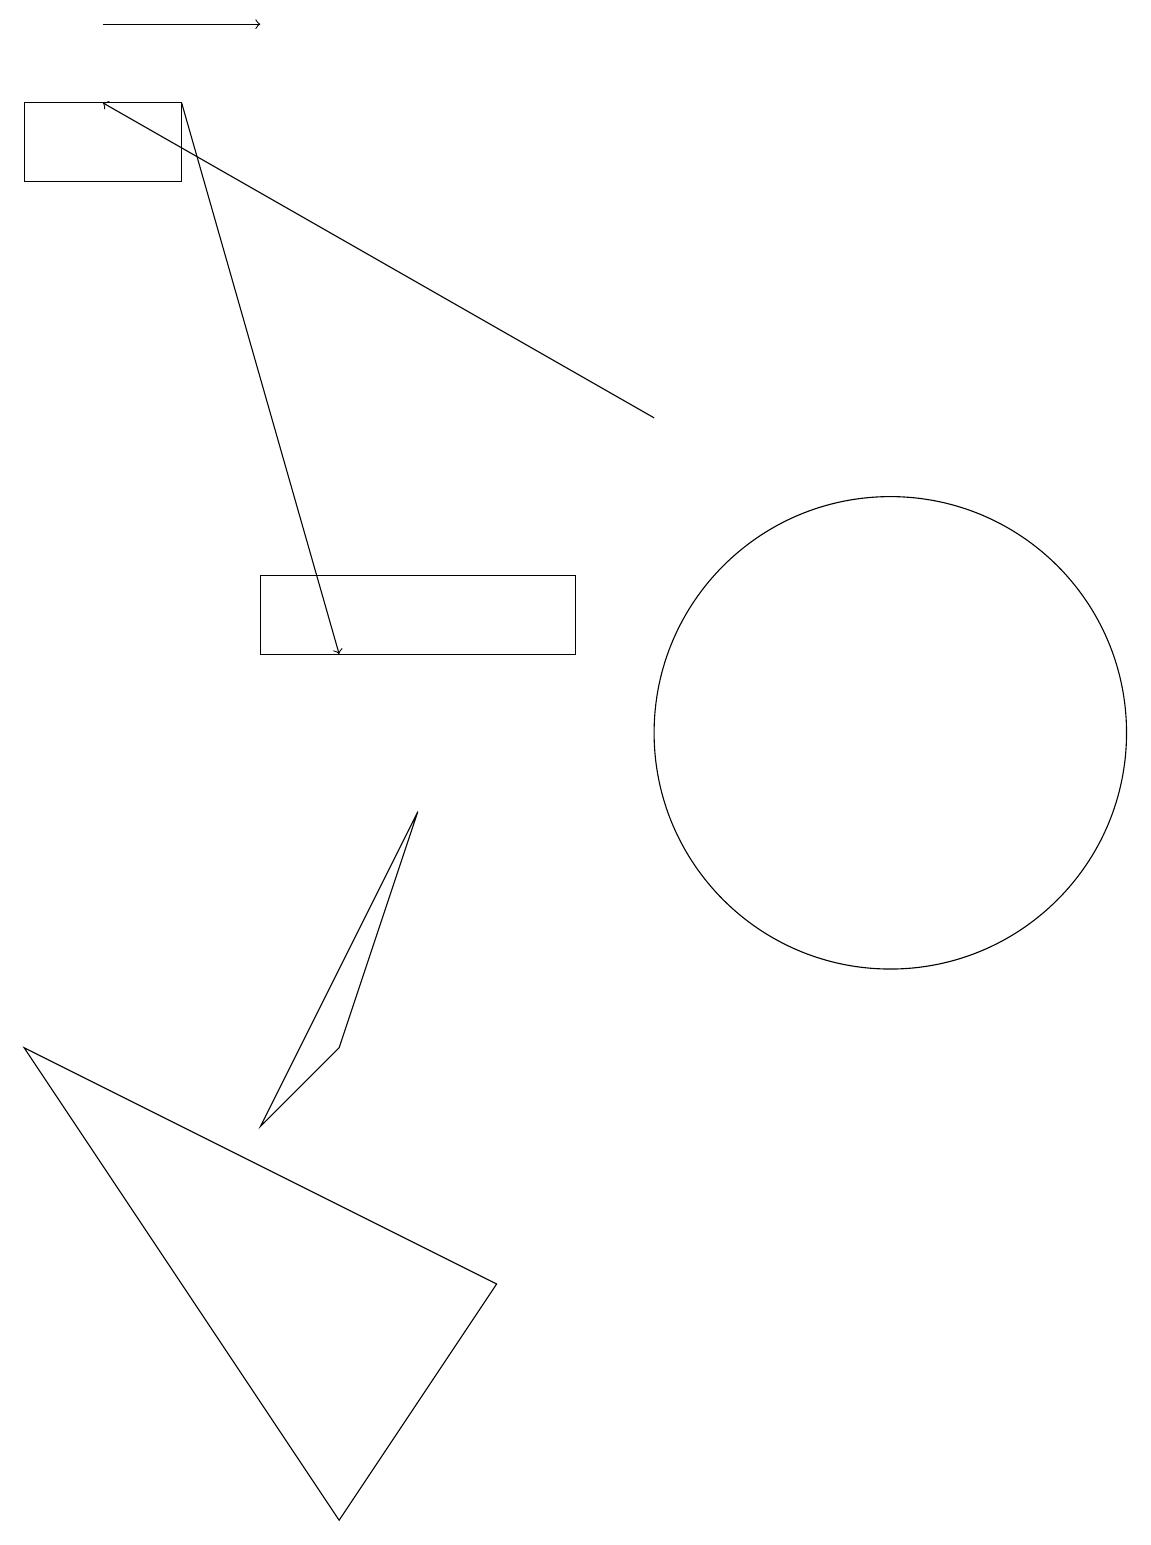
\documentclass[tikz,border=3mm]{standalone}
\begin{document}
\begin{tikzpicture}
\draw[->] (2,18) -- (4,11);
\draw[->] (8,14) -- (1,18);
\draw (0,17) rectangle (2,18);
\draw (6,3) -- (0,6) -- (4,0) -- cycle;
\draw[->] (1,19) -- (3,19);
\draw (11,10) circle (3);
\draw (3,5) -- (4,6) -- (5,9) -- cycle;
\draw (7,12) rectangle (3,11);
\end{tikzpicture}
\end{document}